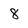
Character: 8